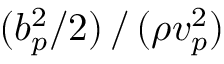
( b _ { p } ^ { 2 } / 2 ) \, / \, ( \rho v _ { p } ^ { 2 } )